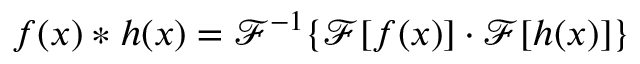
f ( x ) \ast h ( x ) = \mathcal { F } ^ { - 1 } \{ \mathcal { F } [ f ( x ) ] \cdot \mathcal { F } [ h ( x ) ] \}